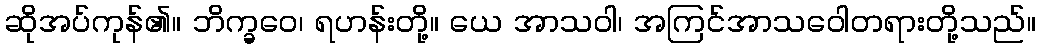
ဆိုအပ်ကုန်၏။ ဘိက္ခဝေ၊ ရဟန်းတို့။ ယေ အာသဝါ၊ အကြင်အာသဝေါတရားတို့သည်။